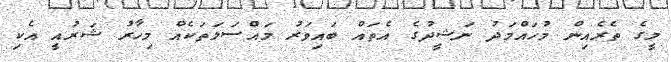
މީގެ ތެރެއިން މުހައްމަދު ނަޝީދުގެ އެތައް ބައިވަރު މައްސަލަތަކެއް މިހާރު ޝަރުއީ އެކި